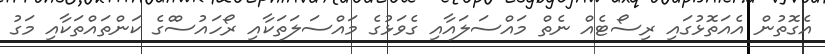
އެގޮތުން އެއަތޮޅުގައި ރިސޯޓެއް ނެތް މައްސަލައާއި ގެވަޅުގެ މައްސަލަތަކާއި ރޯހައުސްްގެ ކަންތައްތަކާއި މަގު